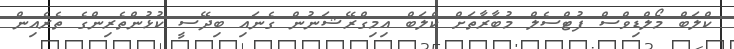
ކްލަބް މޯލްޑިވްސް ފުޓްސެލް މުބާރާތަށް ކްލަބް އިމިގްރޭޝަނުން ގެނައި ބިދޭސީ ކުޅުންތެރިންގެ ތެރެއިން